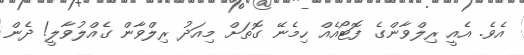
އެވެ. އެއީ ރިލްވާންގެ ފޮޓޯއެއް ހިމެނޭ ގޮތަށް މިއަދު ރިލްވާން ގެއްލުވާލީ! ދެން